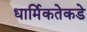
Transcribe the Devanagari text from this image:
धार्मिकतेकडे